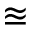
\approxeq